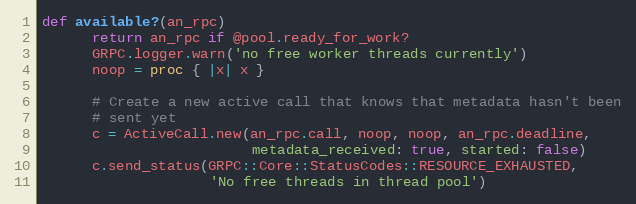
Language: Ruby
def available?(an_rpc)
      return an_rpc if @pool.ready_for_work?
      GRPC.logger.warn('no free worker threads currently')
      noop = proc { |x| x }

      # Create a new active call that knows that metadata hasn't been
      # sent yet
      c = ActiveCall.new(an_rpc.call, noop, noop, an_rpc.deadline,
                         metadata_received: true, started: false)
      c.send_status(GRPC::Core::StatusCodes::RESOURCE_EXHAUSTED,
                    'No free threads in thread pool')